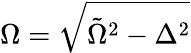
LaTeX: \Omega=\sqrt{\tilde{\Omega}^{2}-\Delta^{2}}